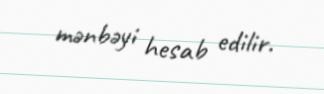
mənbəyi hesab edilir.